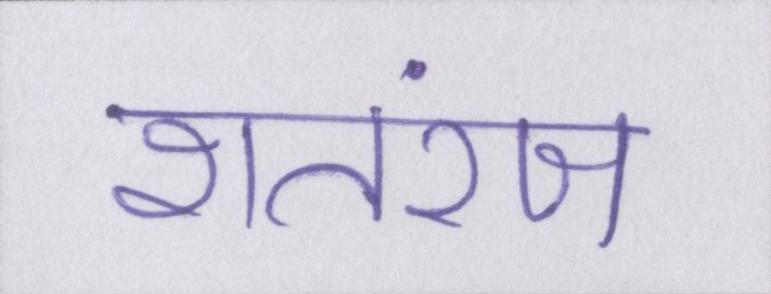
शतरंज